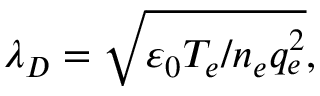
\lambda _ { D } = \sqrt { \varepsilon _ { 0 } T _ { e } / n _ { e } q _ { e } ^ { 2 } } ,